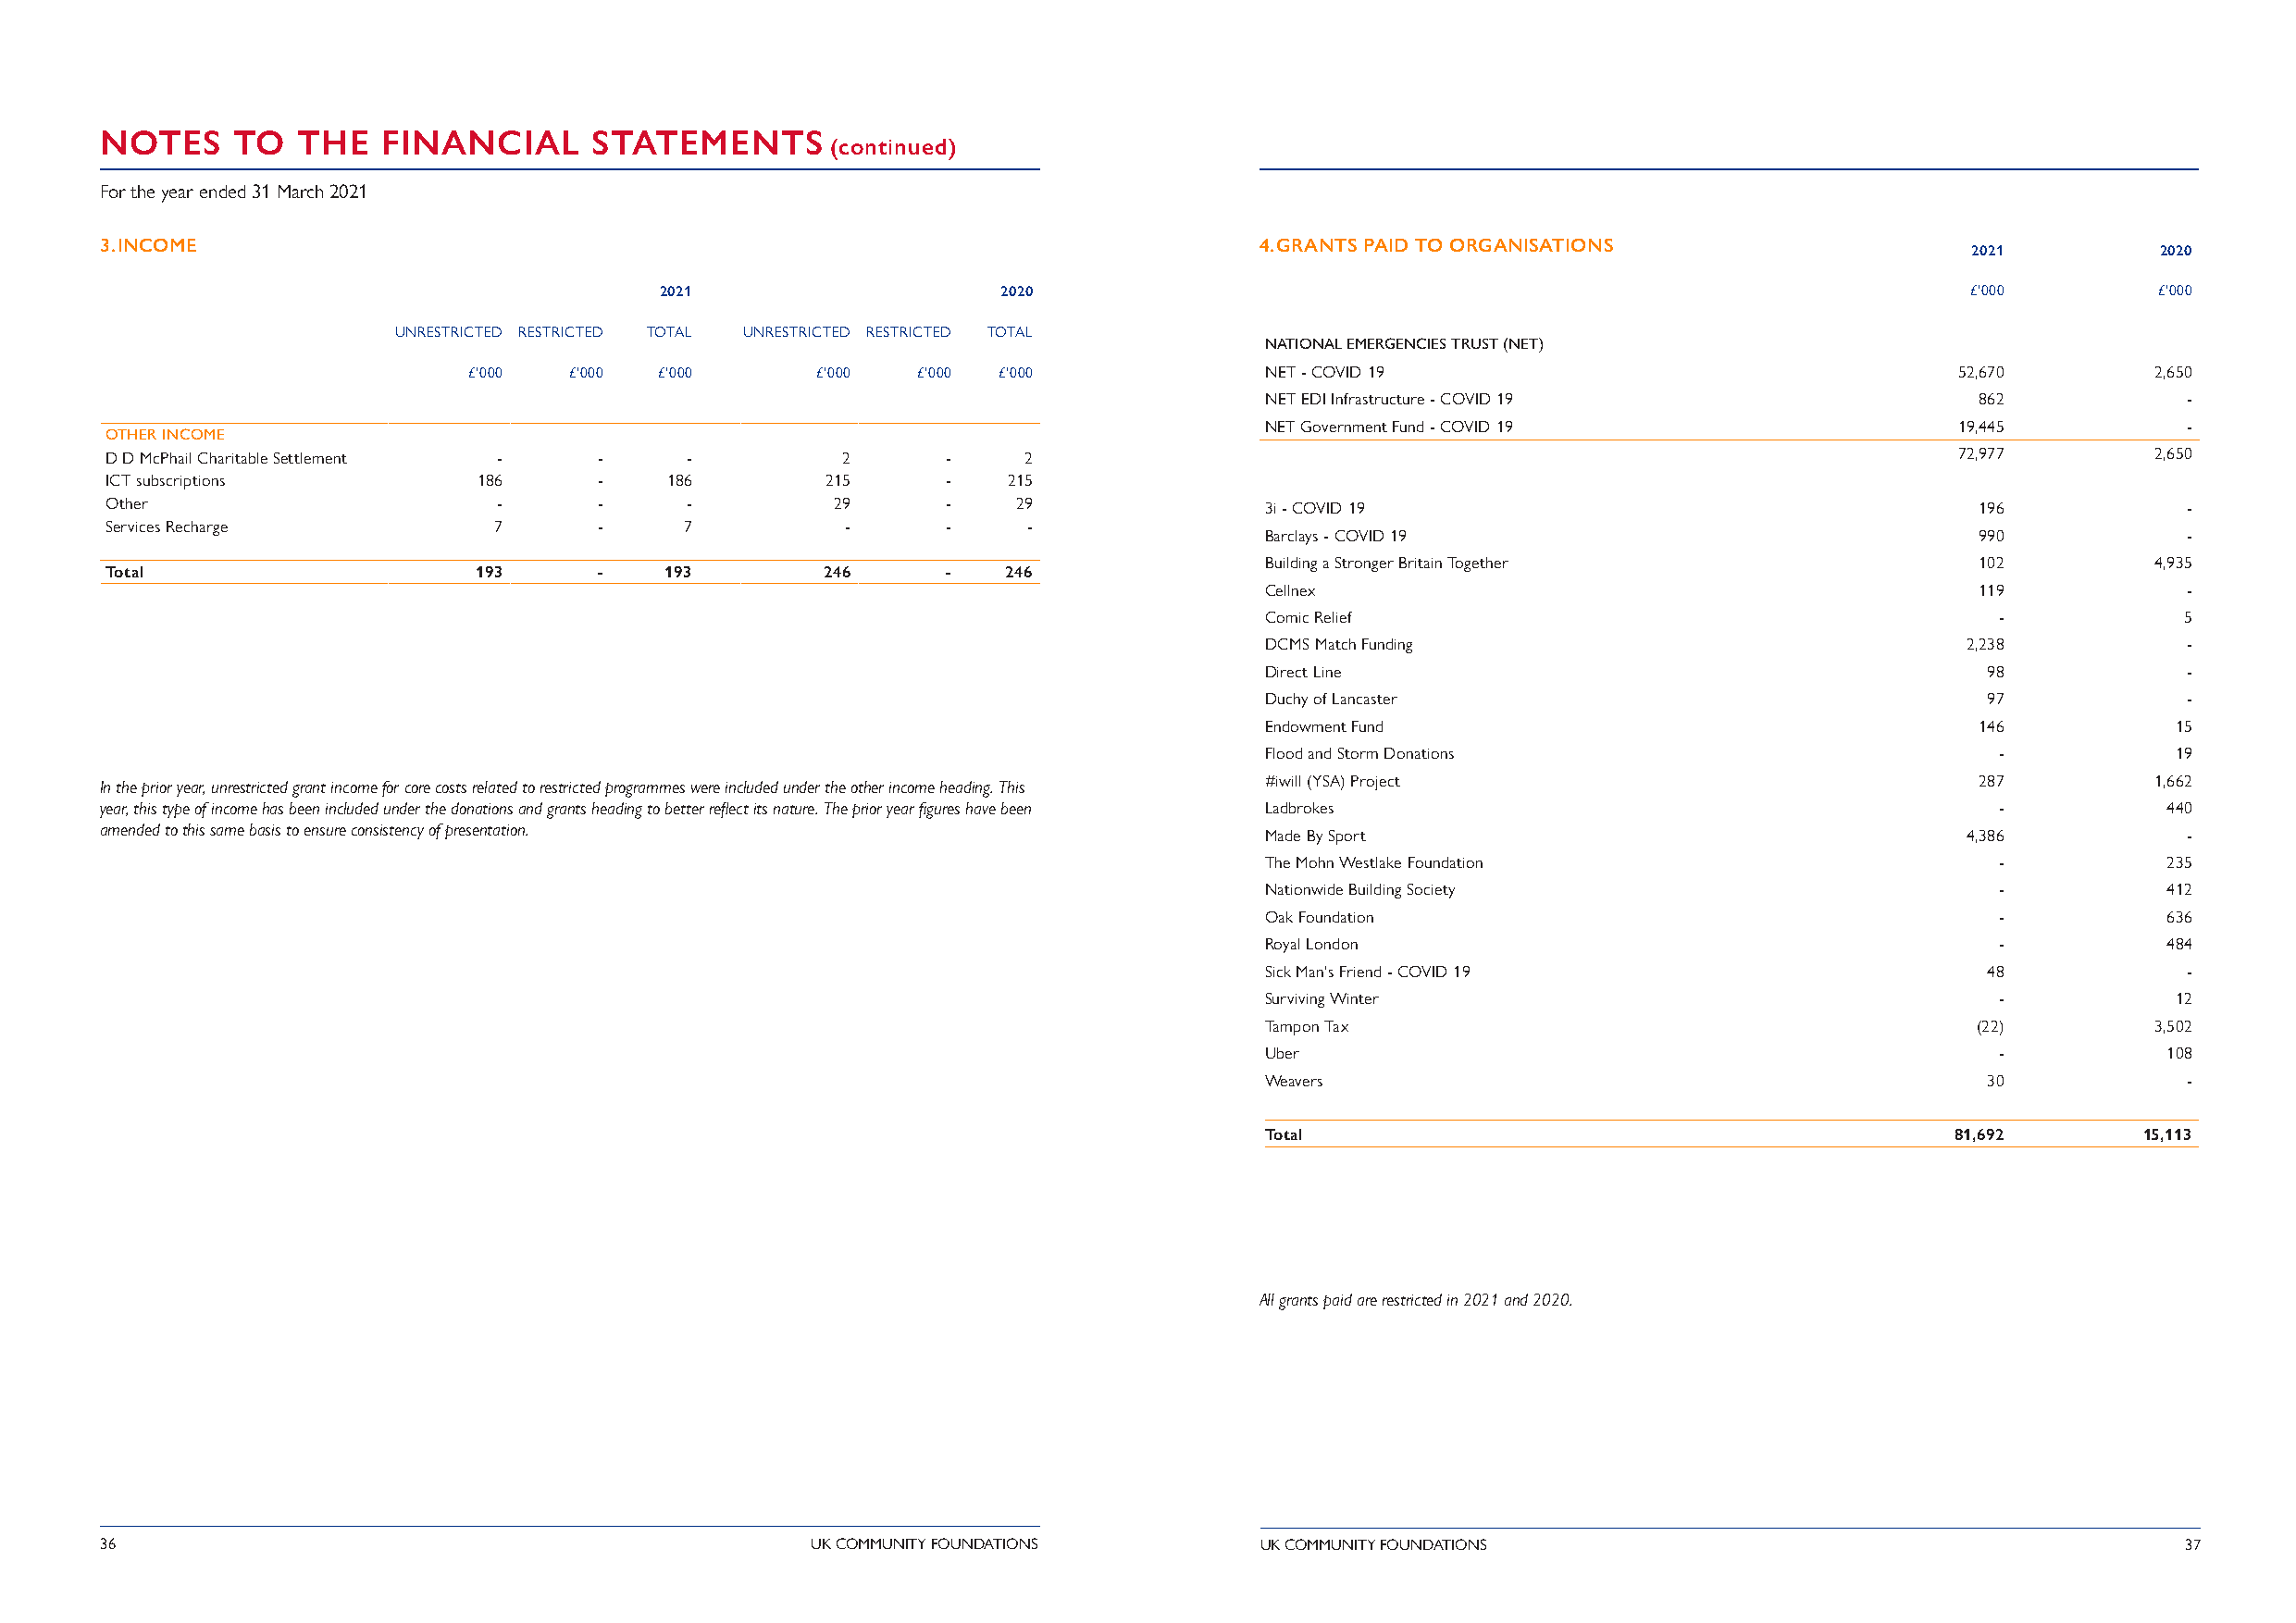
NOTES     TO  THE   FINANCIAL      STATEMENTS
 (continued)
 For the year ended 31 March 2021
 3. INCOME                                                                          4. GRANTS PAID TO ORGANISATIONS
 2021         2020
 2021                     2020                                                                 £'000        £'000
 DONATIONS AND GRANTS UNRESTRICTED RESTRICTED TOTAL UNRESTRICTED RESTRICTED TOTAL
 NATIONAL EMERGENCIES TRUST (NET)
 £'000  £'000 £'000      £'000   £'000 £'000             NET - COVID 19                                    52,670        2,650
 NET EDI Infrastructure - COVID 19                   862           -
 NET Government Fund - COVID 19                    19,445          -
 OTHER INCOME
 D D McPhail Charitable Settlement - -    -          2       -    2                                                                  72,977        2,650
 ICT subscriptions         186      -    186        215      -   215
 Other                       -      -     -          29      -    29               3i - COVID 19                                       196           -
 Services Recharge          7       -     7          -       -    -
 Barclays - COVID 19                                 990           -
 Building a Stronger Britain Together                102         4,935
 Total                     193      -    193        246      -   246
 Cellnex                                             119           -
 Comic Relief                                         -            5
 DCMS Match Funding                                 2,238          -
 Direct Line                                         98            -
 Duchy of Lancaster                                  97            -
 Endowment Fund                                      146           15
 Flood and Storm Donations                            -            19
 #iwill (YSA) Project                                287         1,662
 In the prior year, unrestricted grant income for core costs related to restricted programmes were included under the other income heading. This
 year, this type of income has been included under the donations and grants heading to better reflect its nature. The prior year figures have been Ladbrokes - 440
 amended to this same basis to ensure consistency of presentation.
 Made By Sport                                      4,386          -
 The Mohn Westlake Foundation                         -           235
 Nationwide Building Society                          -           412
 Oak Foundation                                       -           636
 Royal London                                         -           484
 Sick Man's Friend - COVID 19                        48            -
 Surviving Winter                                     -            12
 Tampon Tax                                         (22)         3,502
 Uber                                                 -           108
 Weavers                                             30            -
 Total                                             81,692       15,113
 All grants paid are restricted in 2021 and 2020.
 36                                                 UK COMMUNITY FOUNDATIONS        UK COMMUNITY FOUNDATIONS                                          37